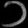
Digit: ၁